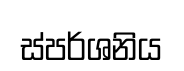
ස්පර්ශනිය